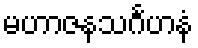
မဟာဇနသင်္ဂဟနံ